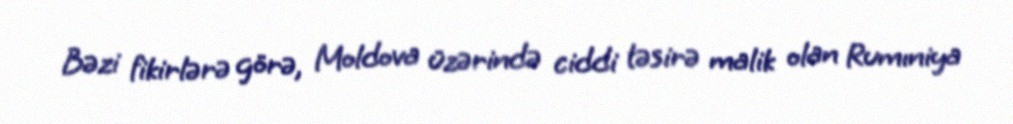
Bəzi fikirlərə görə, Moldova üzərində ciddi təsirə malik olan Rumıniya